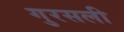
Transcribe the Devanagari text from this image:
गुरसली